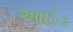
આઈડ